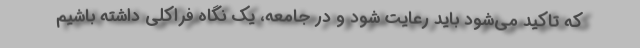
که تاکید می‌شود باید رعایت شود و در جامعه، یک نگاه فراکلی داشته باشیم